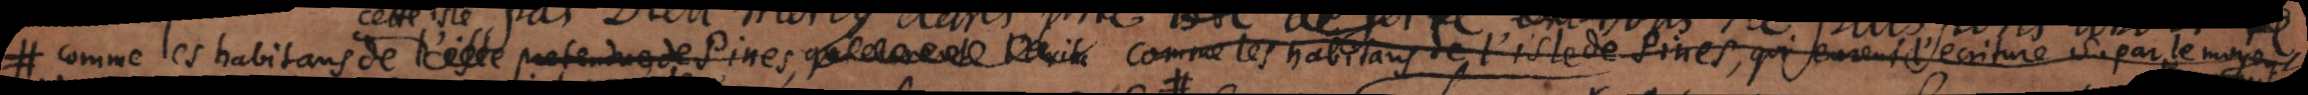
# comme les habitants de l’ile pretendue de Pines comme les habitans de l’isle de pines, qui eurent l’ecriture S. par le moyen